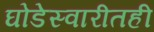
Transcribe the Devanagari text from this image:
घोडेस्वारीतही